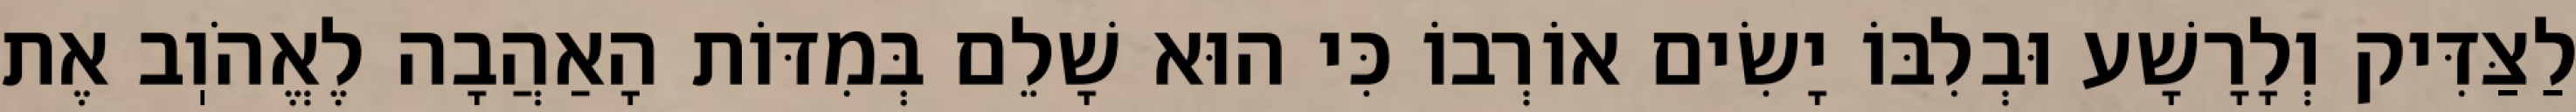
לַצַּדִּיק וְלָרָשָׁע וּבְלִבּוֹ יָשִׂים אוֹרְבוֹ כִּי הוּא שָׁלֵם בְּמִדּוֹת הָאַהֲבָה לֶאֱהֹוֽב אֶת